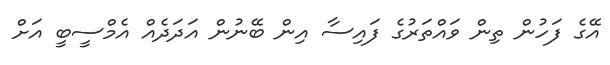
އޭގެ ފަހުން ތިން ވައްތަރުގެ ފައިސާ އިން ބޭނުން އަދަދެއް އެމްސީބީ އަށް